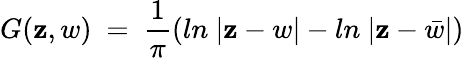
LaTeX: G(\mathbf{z},w)~=~{\frac{{1}}{{\pi}}}(ln~|\mathbf{z}-w|-ln~|\mathbf{z}-\bar{{w}}|)